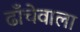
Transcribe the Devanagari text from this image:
ढाँचेवाला